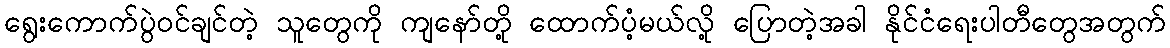
ရွေးကောက်ပွဲဝင်ချင်တဲ့ သူတွေကို ကျနော်တို့ ထောက်ပံ့မယ်လို့ ပြောတဲ့အခါ နိုင်ငံရေးပါတီတွေအတွက်